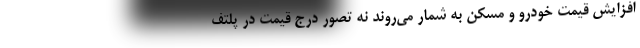
افزایش قیمت خودرو و مسکن به شمار می‌روند نه تصور درج قیمت در پلتف